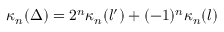
\kappa _ { n } ( \Delta ) = 2 ^ { n } \kappa _ { n } ( l ^ { \prime } ) + ( - 1 ) ^ { n } \kappa _ { n } ( l )